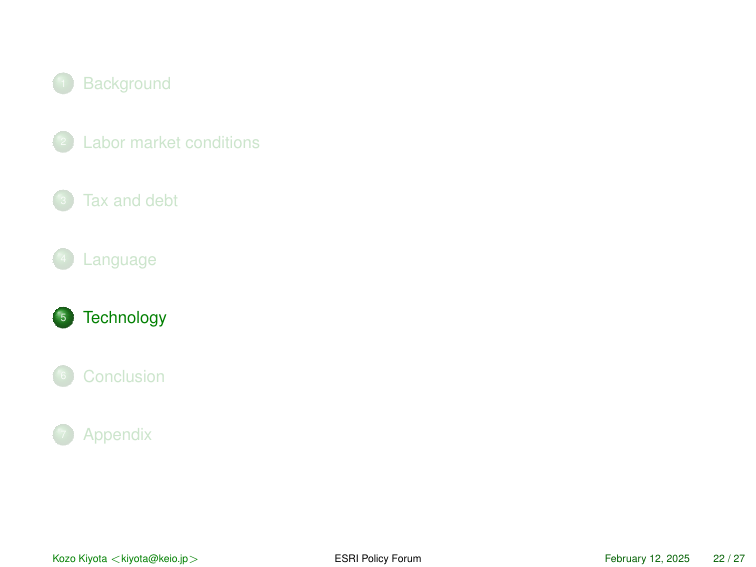
① Background
② Labor market conditions
③ Tax and debt
④ Language
⑤ Technology
⑥ Conclusion
⑦ Appendix

Kozo Kiyota <kiyota@keio.jp>
ESRI Policy Forum
February 12, 2025  22 / 27